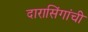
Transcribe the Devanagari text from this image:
दारासिंगांची